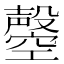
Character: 𣫝